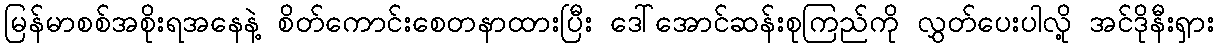
မြန်မာစစ်အစိုးရအနေနဲ့ စိတ်ကောင်းစေတနာထားပြီး ဒေါ်အောင်ဆန်းစုကြည်ကို လွှတ်ပေးပါလို့ အင်ဒိုနီးရှား